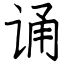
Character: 诵